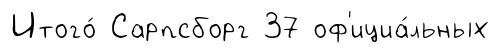
Итого́ Сарпсборг 37 оф'ициа́льных